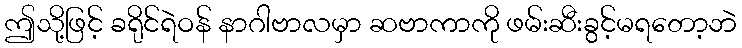
ဤသို့ဖြင့် ခရိုင်ရဲဝန် နာဂါဗာလမှာ ဆဗာကာကို ဖမ်းဆီးခွင့်မရတော့ဘဲ